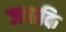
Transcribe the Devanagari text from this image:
जबाकि